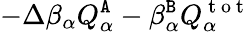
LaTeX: -\Delta\beta_{\alpha}Q_{\alpha}^{\tt A}-\beta_{\alpha}^{\tt B}Q_{\alpha}^{\mathrm{~t~o~t~}}